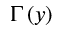
\Gamma \left( y \right)